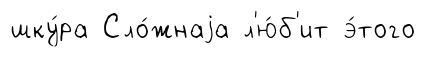
шку́ра Сло́жнаjа л'ю́б'ит э́того